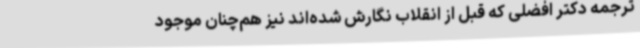
ترجمه دکتر افضلی که قبل از انقلاب نگارش شده‌اند نیز هم‌چنان موجود